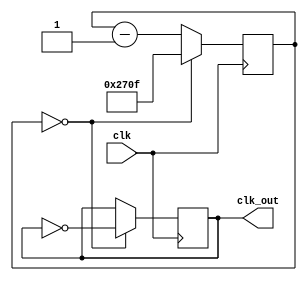
module frequency_synthesizer_clock_divider (
    input wire clk,
    output reg clk_out
);

reg [14:0] counter;

always @(posedge clk) begin
    if (counter == 0)
        counter <= 9999;
    else
        counter <= counter - 1;
    if (counter == 0)
        clk_out <= ~clk_out;
end

endmodule